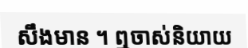
សឹងមាន ។ ឮចាស់និយាយ